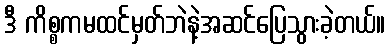
ဒီ ကိစ္စကမထင်မှတ်ဘဲနဲ့အဆင်ပြေသွားခဲ့တယ်။